Scottish Leaving Certificate Examination, 1959
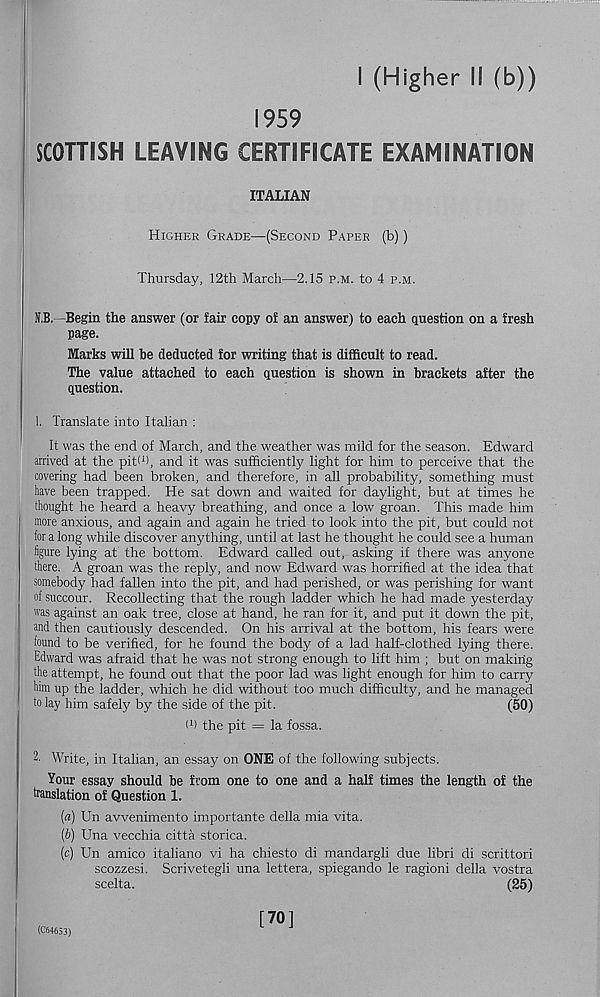
I (Higher il (b))
1959
SCOTTISH LEAVING CERTIFICATE EXAMINATION
ITALIAN
Higher Grade—(Second Paper (b))
Thursday, 12th March—2.15 p.m. to 4 p.m.
N.B.—Begin the answer (or fair copy of an answer) to each question on a fresh
page.
Marks will be deducted for writing that is difficult to read.
The value attached to each question is shown in brackets after the
question.
1. Translate into Italian :
It was the end of March, and the weather was mild for the season. Edward
arrived at the pit! 1 ), and it was sufficiently light for him to perceive that the
covering had been broken, and therefore, in all probability, something must
have been trapped. He sat down and waited for daylight, but at times he
thought he heard a heavy breathing, and once a low groan. This made him
more anxious, and again and again he tried to look into the pit, but could not
for a long while discover anything, until at last he thought he could see a human
figure lying at the bottom. Edward called out, asking if there was anyone
there. A groan was the reply, and now Edward was horrified at the idea that
somebody had fallen into the pit, and had perished, or was perishing for want
of succour. Recollecting that the rough ladder which he had made yesterday
was against an oak tree, close at hand, he ran for it, and put it down the pit,
and then cautiously descended. On his arrival at the bottom, his fears were
found to be verified, for he found the body of a lad half-clothed lying there.
Edward was afraid that he was not strong enough to lift him ; but on making
the attempt, he found out that the poor lad was light enough for him to carry
him up the ladder, which he did without too much difficulty, and he managed
to lay him safely by the side of the pit.
(50)
t 1 ) the pit = la fossa.
2- Write, in Italian, an essay on ONE of the following subjects.
Your essay should be from one to one and a half times the length of the
translation of Question 1.
[a) Un avvenimento importante della mia vita.
[b) Una vecchia citta storica.
[c) Un amico italiano vi ha chiesto di mandargli due libri di scrittori
scozzesi. Scrivetegli una lettera, spiegando le ragioni della vostra
scelta.
(25)
(C64653)
[70]